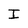
Character: I